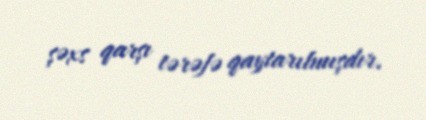
şəxs qarşı tərəfə qaytarılmışdır.